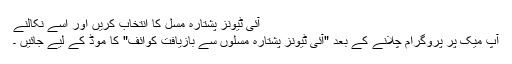
آئی ٹیونز پشتارہ مسل کا انتخاب کریں اور اسے نکالنے
آپ میک پر پروگرام چلانے کے بعد "آئی ٹیونز پشتارہ مسلوں سے بازیافت کوائف" کا موڈ کے لیے جائیں ۔